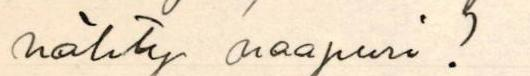
nähty naapuri !